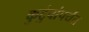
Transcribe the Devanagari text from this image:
कुटुंबांपर्यंत